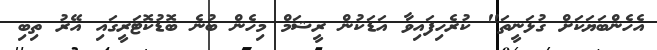
އެހެންބަޔަކަށް ގުޅަނީތަ" ކުރެހިފައިވާ އަޑަކުން ރީޝަމް މިހެން ބުނެ ބޮޑުކޮޓަރީގައި އޭރު ތިބި